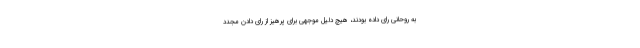
به روحانی رای داده بودند، هیچ دلیل موجهی برای پرهیز از رای دادن مجدد